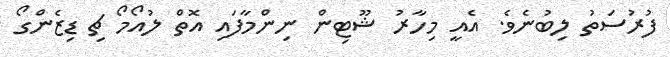
ފުރުސަތު ލިބުނެވެ. އެއީ މިހާރު ޝޫޓިން ނިންމާފައި އޮތް ލުއޯމޯ ޗި ޑިޒެންގޯ